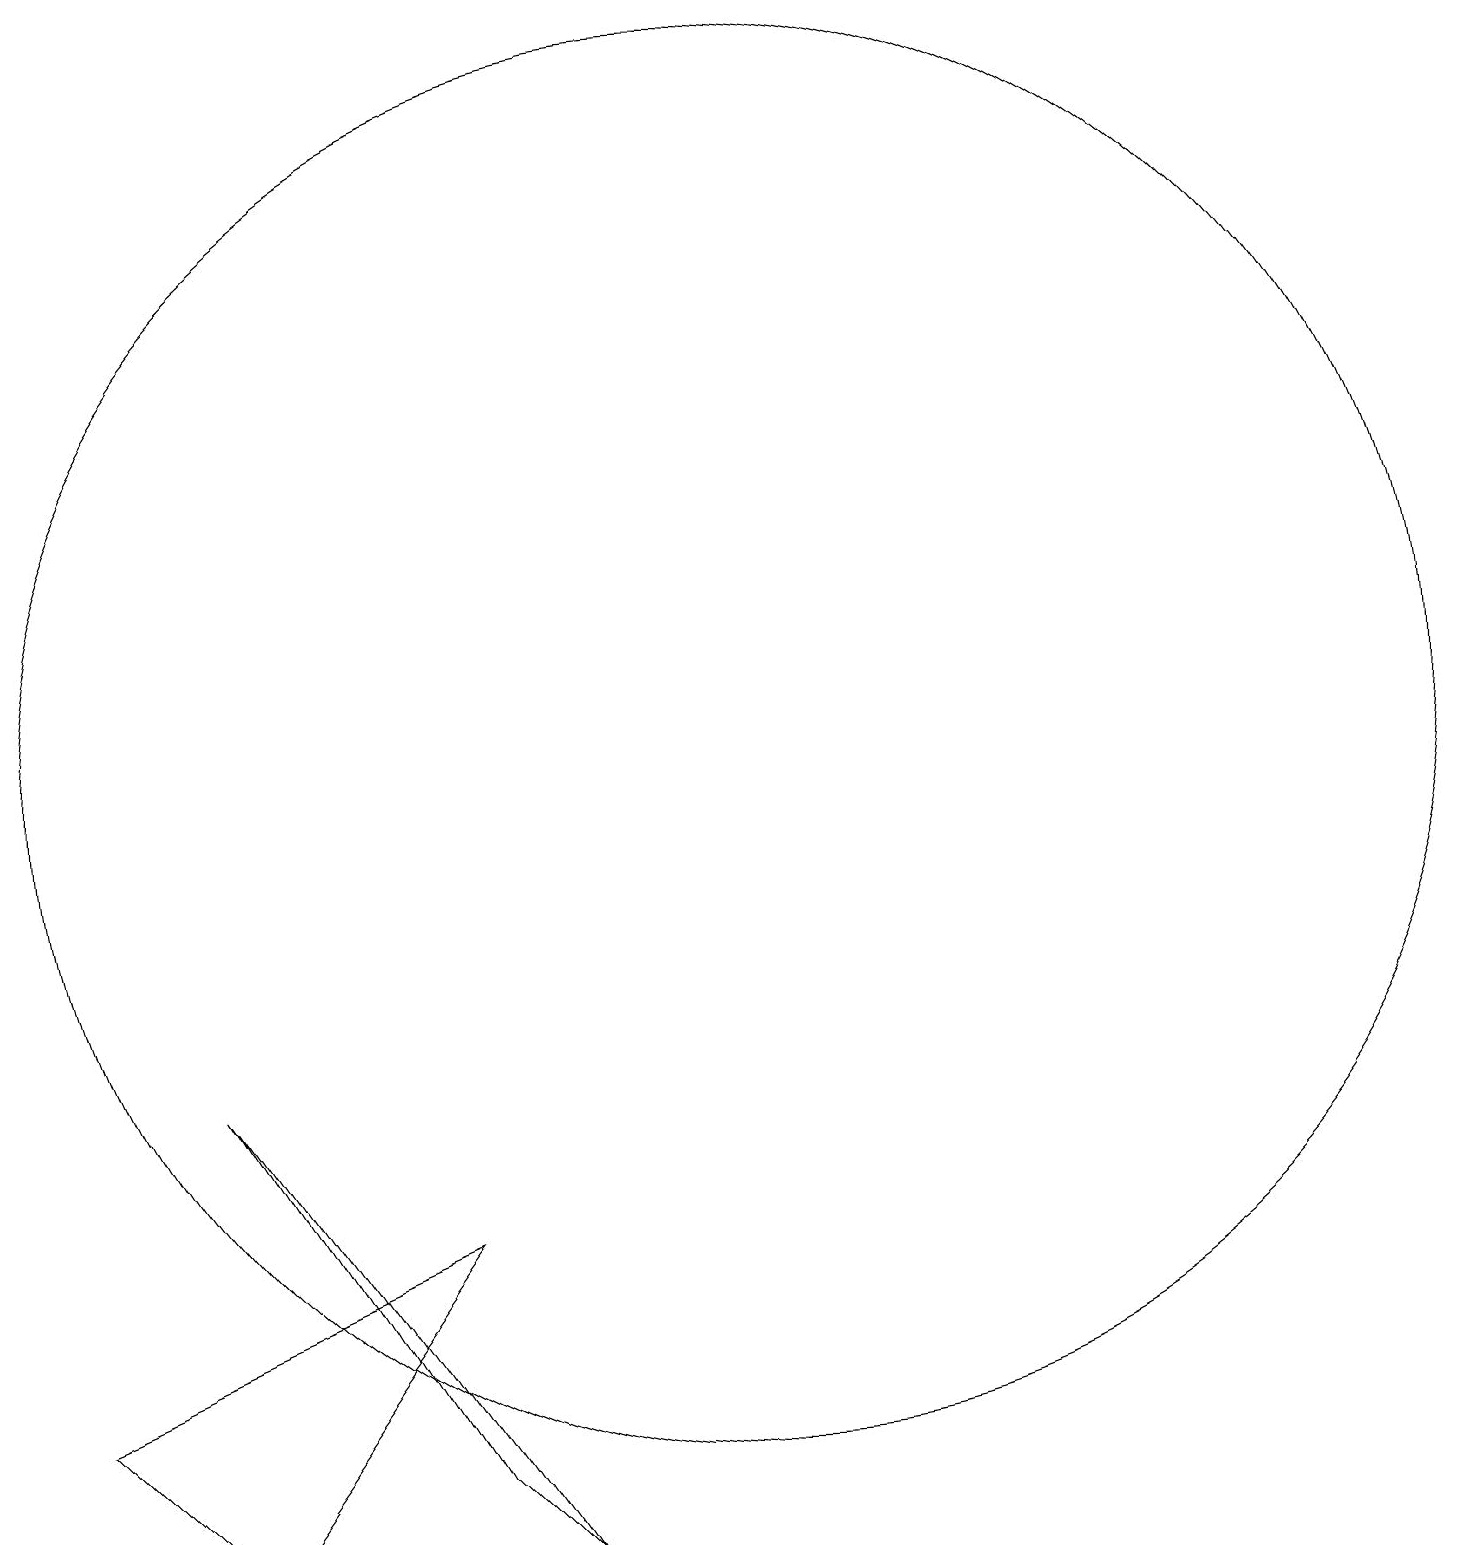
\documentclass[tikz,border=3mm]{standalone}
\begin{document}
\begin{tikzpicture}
\draw (11,11) circle (9);
\draw (7,2) -- (4,7) -- (8,1) -- cycle;
\draw (7,5) -- (2,3) -- (4,1) -- cycle;
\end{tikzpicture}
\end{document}